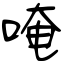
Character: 唵